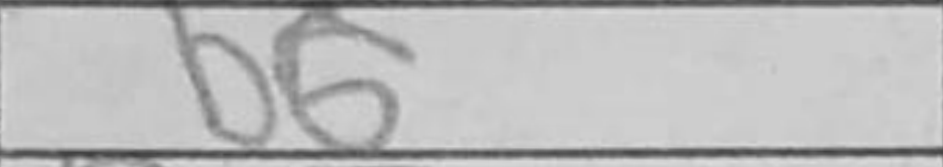
Transcription: b6